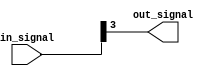
module bit_select_assign (
    input wire [7:0] in_signal,
    output reg out_signal
);

always @* begin
    out_signal = in_signal[3]; // Assigning bit 3 of in_signal to out_signal
end

endmodule